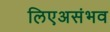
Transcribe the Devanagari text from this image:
लिएअसंभव